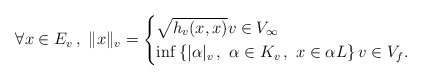
\begin{align*} \forall x \in E_v\, , \ \Vert x \Vert _v =\begin{cases}\sqrt{h_v(x,x)} v \in V_{\infty}\\\inf\left\lbrace \vert \alpha \vert_v\, ,\ \alpha \in K_v\, , \ x \in \alpha L \right\rbrace v \in V_f.\end{cases}\end{align*}